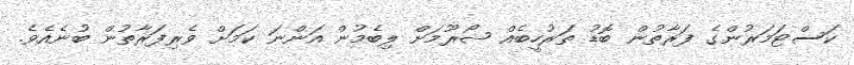
ކަސްޓަމަރުންގެ ފަރާތުން ބޮޑު ތަރުހީބެއް ޝޯރޫމަށް ލިބެމުން އަންނަ ކަމަށް ވެރިފަރާތުން ބުނެއެވެ.